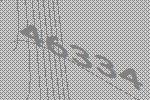
46334